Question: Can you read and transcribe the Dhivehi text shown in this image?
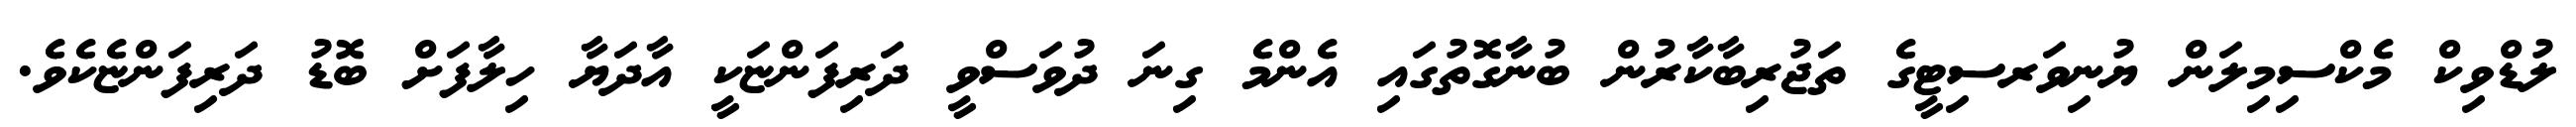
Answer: ލުޑްވިކް މެކްސިމިލަން ޔުނިވަރސިޓީގެ ތަޖުރިބާކާރުން ބުނާގޮތުގައި އެންމެ ގިނަ ދުވަސްވީ ދަރިފަންޏަކީ އާދަޔާ ހިލާފަށް ބޮޑު ދަރިފަންޏެކެވެ.